Memorandum on the prevention of leprosy by segregation of the affected
Disease focus: Leprosy
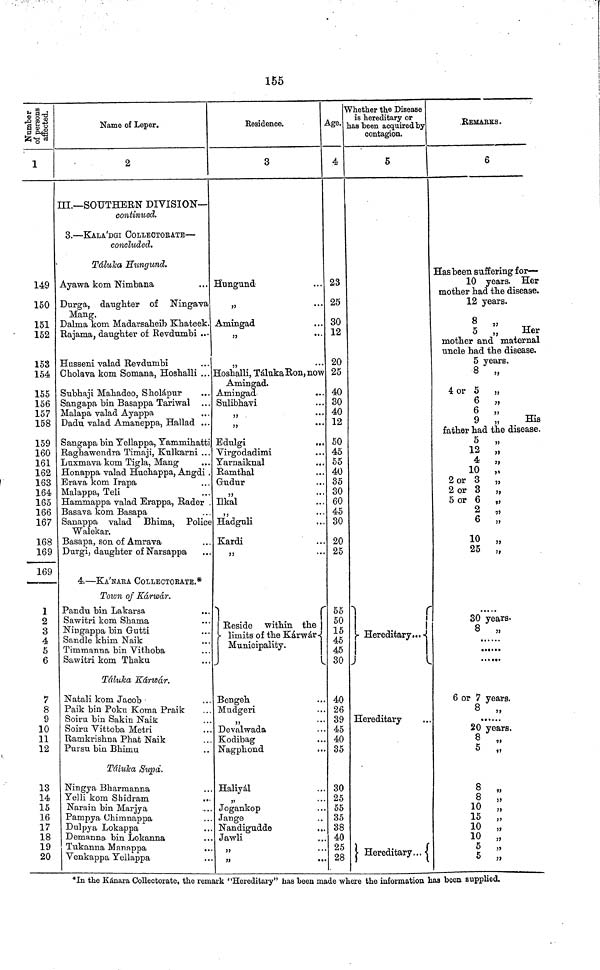
155
Number of persons affected
1
149
150
151
152
153
154
155
156
157
158
159
160
161
162
163
164
165
166
167
168
169
169
1
2
3
4
5
6
7
8
9
10
11
12
13
14
15
16
17
18
19
20
Name of Leper.
2
III.—SOUTHERN DIVISION—
continued.
3.—KALA'DGI COLLECTOEATE—
concluded.
Tálulca Hunqund.
Ayawa kom Ninabana
Durga, daughter of Ningava
Mang,
Dalma kom Madarsaheib Khateek.
Rajama, daughter of Revdumbi ..•
Husseni valad Revdunibi
Chola va kom Somana, Hoshalli ...
Subhaji Mahadeo, Sholápur
Sangapa bin Basappa Tariwal
Malapa valad Ayappa
Dadu valad Amaneppa, Hallad ...
Sangapa bin Yellappa, Yammihatti
Raghawendra Timaji, Kulkarni ...
Luxmava kom Tigla, Mang
Honappa valad Huchappa, Angdi .
Erava kom Irapa
Malappa, Teli
Hammappa valad Erappa, Rader .
Basava kom Basapa
Sanappa valad Bhima, Police
Walekar.
Basapa, son of Amrava
Durgi, daughter of Narsappa
4.—KA'NARA COLLECTORATE.*
Town of Kárwár.
Pan du bin Lakarsa
Sawitri kom Shama
Niugappa bin Gutti
Sandle khim Naik
Timmanna bin Vithoba
Sawitri kom Thaku
Táluka Kánoár.
Natali kom Jacob
Paik bin Poku Koma Praik
Soiru. bin Sakin Naik
Soiru Vittoba Metri
Ramkrishna Phat Naik
Pursu bin Bhimu
Tálulta Supa.
Ningya Bharmanna
Yelli kom Shidram
Narain bin Marjya
Pampya Chimnappa
Dulpya Lokappa
Demanna. bin Lokanna
Tukanna Mannppa
Venkappa Yellappa
Residence.
3
Hungund
"
•••
Amingad
„
...
55
...
Hoshalli, Táluka Ron, now
Amingad.
Amingad
..
Sulibhavi
"
• •
"
"
Edulgi
Virgo dadimi
Yarnaiknal
Ramthal
Ghidur
"
•*
Ilkal
" * *
Hadguli
Kardi
"
"
Reside within the |
Limits of the Karwar
Municipality.
Bengeh
Mudgeri
"
* "
Devalwada Kodibag
Nagphond
Halivál
"
• •
Jogankop
Jange
Nandigudde
Jawli
"
..
"
••
Age.
4
23
25
30
12
20
25
40
30
40
12
50
45
55
40
35
30
60
45
30
20
25
55
50
15
45
45
30
40
26
39
45
40
35
30
25
55
35
38
40
25
28
Whether the Disease
is hereditary or
has been acquired by
contagion.
5
;
Hereditary•••
Hereditary
Hereditary...
REMARKS.
6
Has been suffering for—
10 years. Her
mothe r had the disease
12 years.
5 „
Her
mother and maternal
uncle had the disease.
5 years.
8 „
4 or 5 „
6 „
6
»
9 „
His
father had the disease.
5 „
12 „
10 „
2 or 3 „
2 or 3 „
5 or 6 „
2 „
6 „
10 „
25 „
30 years.
8
„
......
6 or 7 years.
8 „
20 years.
5 „
8
"
8
10 „
15 „
10 „
10 „
5 "
5 "
*In the Kánara Collectorate, the remark "Hereditary" has been made where the information has been supplied.